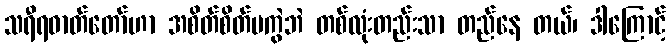
သရီရဓာတ်တော်ဟာ အစိတ်စိတ်မကွဲဘဲ တစ်လုံးတည်းသာ တည်နေ တယ်၊ ဒါကြောင့်